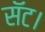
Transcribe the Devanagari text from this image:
सॅट।